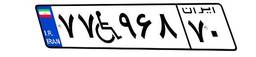
۷۷W۹۶۸۷۰